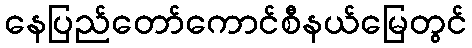
နေပြည်တော်ကောင်စီနယ်မြေတွင်